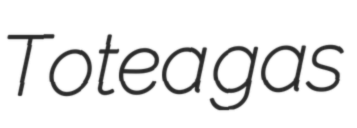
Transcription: Totea gas